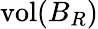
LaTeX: \operatorname{vol}(B_{R})